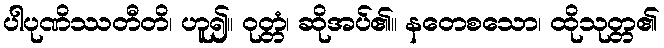
ပါပုဏိဿတီတိ၊ ဟူ၍။ ဝုတ္တံ၊ ဆိုအပ်၏။ နတေစသော၊ ထိုသုတ္တ၏